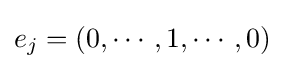
e_{j}=(0,\cdots ,1,\cdots ,0)